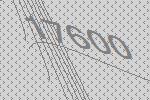
17600